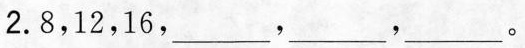
2.8，12，16，___，___，___。